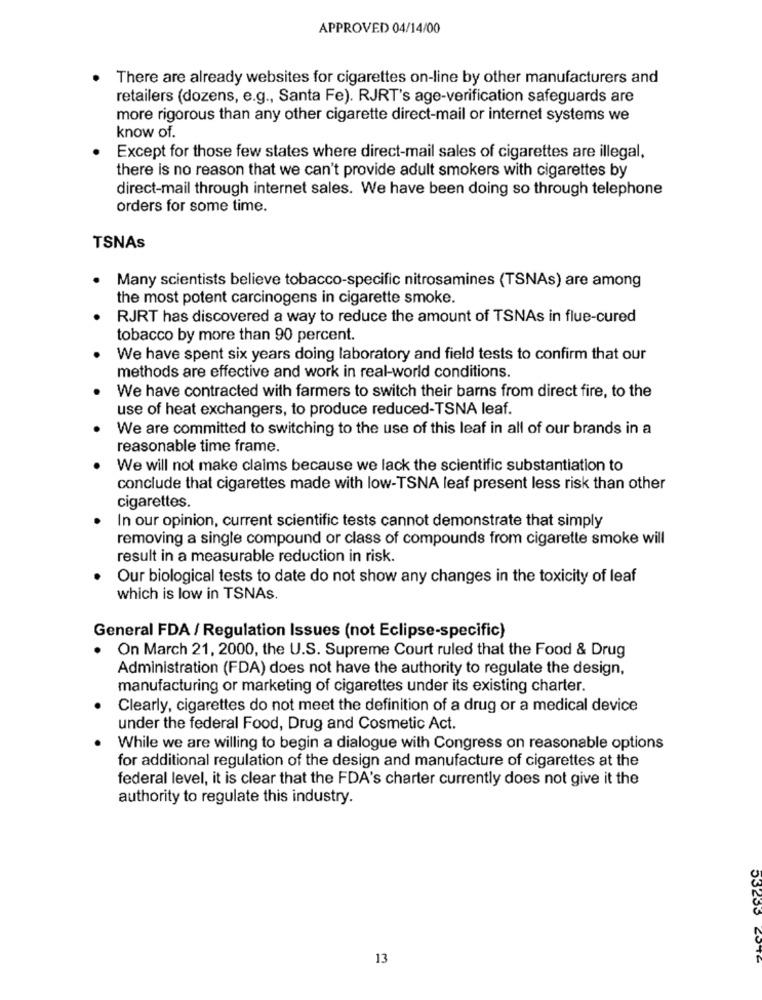
APPROVED 04/14/00
There are already websites for cigarettes on-line by other manufacturers and
retailers (dozens, e.g ., Santa Fe). RJRT's age-verification safeguards are
more rigorous than any other cigarette direct-mail or internet systems we
know of.
Except for those few states where direct-mail sales of cigarettes are illegal,
there is no reason that we can't provide adult smokers with cigarettes by
direct-mail through internet sales. We have been doing so through telephone
orders for some time.
TSNAs
Many scientists believe tobacco-specific nitrosamines (TSNAs) are among
the most potent carcinogens in cigarette smoke.
RJRT has discovered a way to reduce the amount of TSNAs in flue-cured
tobacco by more than 90 percent.
We have spent six years doing laboratory and field tests to confirm that our
methods are effective and work in real-world conditions.
We have contracted with farmers to switch their barns from direct fire, to the
use of heat exchangers, to produce reduced-TSNA leaf.
We are committed to switching to the use of this leaf in all of our brands in a
reasonable time frame.
We will not make claims because we lack the scientific substantiation to
conclude that cigarettes made with low-TSNA leaf present less risk than other
cigarettes.
In our opinion, current scientific tests cannot demonstrate that simply
removing a single compound or class of compounds from cigarette smoke will
result in a measurable reduction in risk.
Our biological tests to date do not show any changes in the toxicity of leaf
which is low in TSNAs.
General FDA / Regulation Issues (not Eclipse-specific)
On March 21, 2000, the U.S. Supreme Court ruled that the Food & Drug
Administration (FDA) does not have the authority to regulate the design,
manufacturing or marketing of cigarettes under its existing charter.
Clearly, cigarettes do not meet the definition of a drug or a medical device
under the federal Food, Drug and Cosmetic Act.
While we are willing to begin a dialogue with Congress on reasonable options
for additional regulation of the design and manufacture of cigarettes at the
federal level, it is clear that the FDA's charter currently does not give it the
authority to regulate this industry.
13
53233 2076